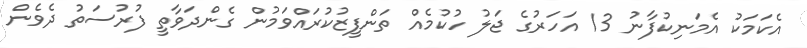
އެކަމަކު އެމަނިކުފާނު 13 އަހަރުގެ ޖަލު ހުކުމެއް ތަންފީޒުކުރައްވަމުން ގެންދަވާތީ ފުރުސަތު ދެވެން